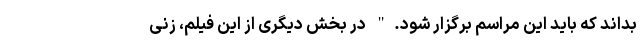
بداند که باید این مراسم برگزار شود." در بخش دیگری از این فیلم، زنی